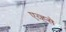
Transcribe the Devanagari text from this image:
एव्ह्से